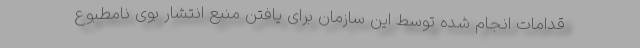
قدامات انجام شده توسط این سازمان برای یافتن منبع انتشار بوی نامطبوع